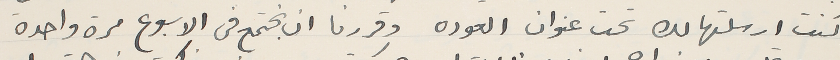
كنت ارسلتها لك تحت عنوان العوده وقررنا ان نجتمع فى الاسبوع مرة واحدة